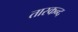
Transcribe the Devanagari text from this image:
तास्कन्द